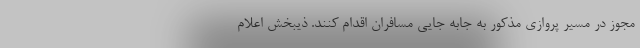
مجوز در مسیر پروازی مذکور به جابه جایی مسافران اقدام کنند. ذیبخش اعلام